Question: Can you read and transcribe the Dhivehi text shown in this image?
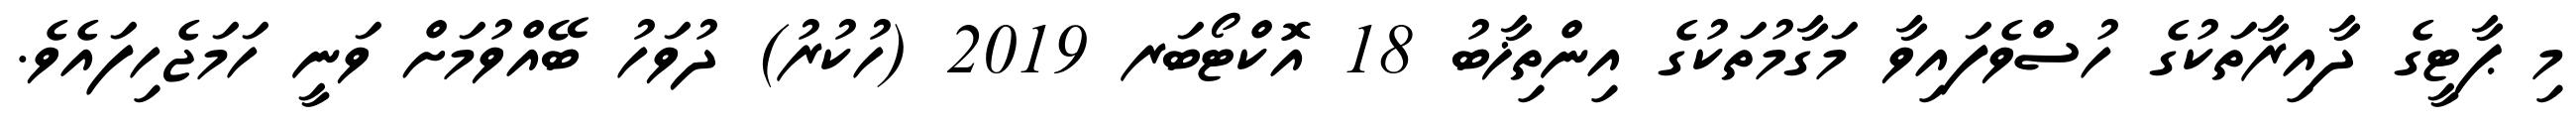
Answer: މި ޕާޓީގެ ދާއިރާތަކުގެ ހުސްވެފައިވާ މަގާމުތަކުގެ އިންތިޚާބު 18 އޮކްޓޯބަރ 2019 (ހުކުރު) ދުވަހު ބޭއްވުމަށް ވަނީ ހަމަޖެހިފައެވެ.